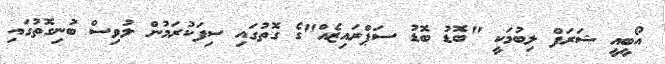
އޯބީއީ ޝަރަފް ލިބުމަކީ "ބޮޑު ބޮޑު ސަޕްރައިޒެއް"ގެ ގޮތުގައި ސިފަކުރަމުން ލުވިސް ބުނިގޮތުގައި